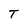
Character: T